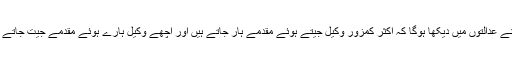
آپ نے عدالتوں میں دیکھا ہوگا کہ اکثر کمزور وکیل جیتے ہوئے مقدمے ہار جاتے ہیں اور اچھے وکیل ہارے ہوئے مقدمے جیت جاتے ہیں۔